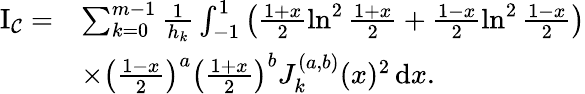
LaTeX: \begin{array}{rl}{\mathrm{I_{\mathcal{C}}}=}&{\sum_{k=0}^{m-1}\frac{1}{h_{k}}\int_{-1}^{1}\left(\frac{1+x}{2}\ln^{2}\frac{1+x}{2}+\frac{1-x}{2}\ln^{2}\frac{1-x}{2}\right)}\\ &{\times\left(\frac{1-x}{2}\right)^{a}\left(\frac{1+x}{2}\right)^{b}J_{k}^{(a,b)}(x)^{2}\, \mathrm{d}x.}\end{array}